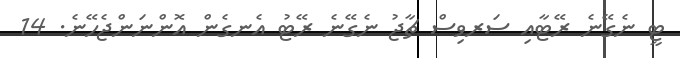
ޓީ ނެގޭނެ ރޭޓާއި ސަރވިސް ޗާޖު ނެގޭނެ ރޭޓު އެނގެން އޮންނަންޖެހޭނެ. 14